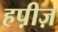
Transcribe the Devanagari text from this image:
हप़ीज़